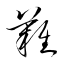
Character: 難